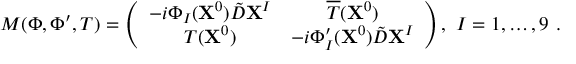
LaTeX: M ( \Phi , \Phi ^ { \prime } , T ) = \left( \begin{array} { c c } { { - i \Phi _ { I } ( { \bf X } ^ { 0 } ) \tilde { D } { \bf X } ^ { I } } } & { { \overline { { { T } } } ( { \bf X } ^ { 0 } ) } } \\ { { T ( { \bf X } ^ { 0 } ) } } & { { - i \Phi _ { I } ^ { \prime } ( { \bf X } ^ { 0 } ) \tilde { D } { \bf X } ^ { I } } } \end{array} \right) , \ I = 1 , \dots , 9 \ .